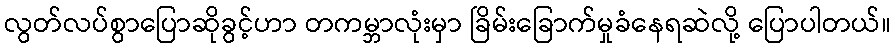
လွတ်လပ်စွာပြောဆိုခွင့်ဟာ တကမ္ဘာလုံးမှာ ခြိမ်းခြောက်မှုခံနေရဆဲလို့ ပြောပါတယ်။